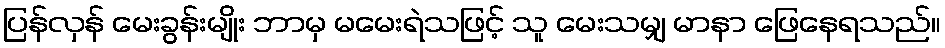
ပြန်လှန် မေးခွန်းမျိုး ဘာမှ မမေးရဲသဖြင့် သူ မေးသမျှ မာနာ ဖြေနေရသည်။